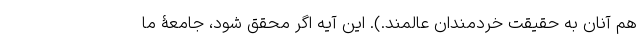
هم آنان به حقیقت خردمندان عالمند.). این آیه اگر محقق شود، جامعۀ ما